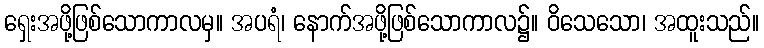
ရှေးအဖို့ဖြစ်သောကာလမှ။ အပရံ၊ နောက်အဖို့ဖြစ်သောကာလ၌။ ဝိသေသော၊ အထူးသည်။